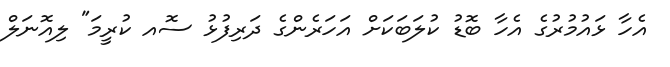
އެހާ ޅައުމުރުގެ އެހާ ބޮޑު ކުލަބަކަށް އަހަރެންގެ ދަރިފުޅު ސޮއ ކުރީމަ" ލިއޮނަލް